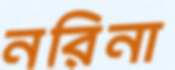
নরিনা